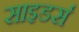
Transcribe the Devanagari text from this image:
साइडर्स